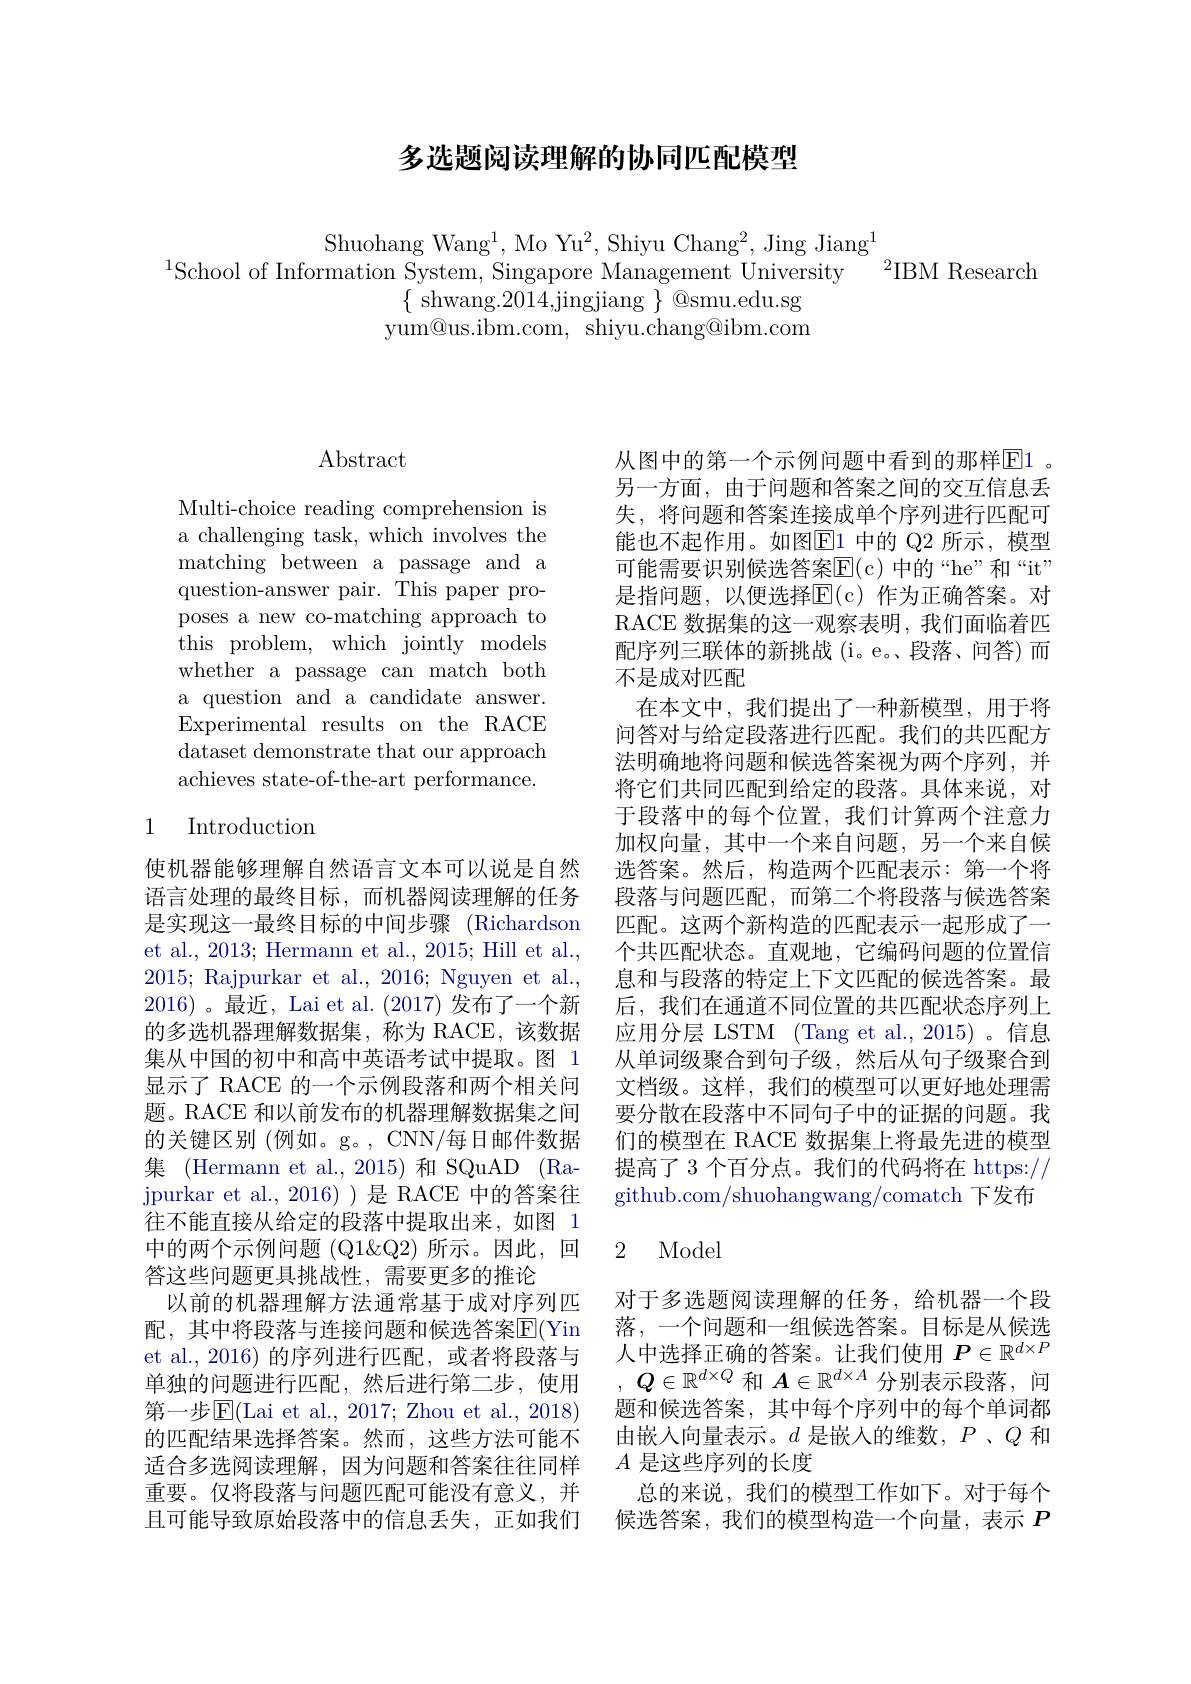
## 多选题阅读理解的协同匹配模型

Shuohang Wang$^1$,Mo Yu$^2$,Shiyu Chang$^2$,Jing Jiang$^1$
$^{1}$School of Information System, Singapore Management University$^{-2}$IBM Research
$\{$ shwang.2014,jingjiang $\}$ @smu.edu.sg yum@us.ibm.com, shiyu.chang@ibm.com

## $\operatorname{Abstract}$

Multi-choice reading comprehension is a challenging task, which involves the matching between a passage and a question-answer pair. This paper proposes a new co-matching approach to this problem, which jointly models whether a passage can match both a question and a candidate answer. Experimental results on the RACE dataset demonstrate that our approach achieves state-of-the-art performance.

## 1 Introduction

使机器能够理解自然语言文本可以说是自然语言处理的最终目标，而机器阅读理解的任务是实现这一最终目标的中间步骤 (Richardson et al., 2013; Hermann et al., 2015; Hill et al., 2015; Rajpurkar et al., 2016; Nguyen et al., 2016)。最近，Lai et al.(2017)发布了一个新的多选机器理解数据集，称为 RACE,该数据集从中国的初中和高中英语考试中提取。图 1显示了 RACE 的一个示例段落和两个相关问题。RACE 和以前发布的机器理解数据集之间的关键区别 (例如。g。, CNN/每日邮件数据集 (Hermann et al.,2015) 和 SQuAD (Rajpurkar et al., 2016) ) 是 RACE 中的答案往往不能直接从给定的段落中提取出来，如图 1中的两个示例问题 (Q1&Q2) 所示。因此，回答这些问题更具挑战性，需要更多的推论
以前的机器理解方法通常基于成对序列匹配，其中将段落与连接问题和候选答案$\mathbb{E}($Yin et al.,2016)的序列进行匹配，或者将段落与单独的问题进行匹配，然后进行第二步，使用第一步$\overline{\mathrm{E}}($Lai et al., 2017; Zhou et al., 2018) 的匹配结果选择答案。然而，这些方法可能不适合多选阅读理解，因为问题和答案往往同样 $A$是这些序列的长度
重要。仅将段落与问题匹配可能没有意义，并 总的来说，我们的模型工作如下。对于每个且可能导致原始段落中的信息丢失，正如我们 候选答案，我们的模型构造一个向量，表示$P$

从图中的第一个示例问题中看到的那样$\boxed{\mathrm{E}}1$。另一方面，由于问题和答案之间的交互信息丢失，将问题和答案连接成单个序列进行匹配可能也不起作用。如图$\overline{\mathrm{E}}1$ 中的 Q2 所示，模型可能需要识别候选答案E(c)中的“he”和“it” 是指问题，以便选择E$( c)$ 作为正确答案。对RACE 数据集的这一观察表明，我们面临着匹配序列三联体的新挑战(i。e。段落、问答)而不是成对匹配
在本文中，我们提出了一种新模型，用于将问答对与给定段落进行匹配。我们的共匹配方法明确地将问题和候选答案视为两个序列，并将它们共同匹配到给定的段落。具体来说，对于段落中的每个位置，我们计算两个注意力加权向量，其中一个来自问题，另一个来自候选答案。然后，构造两个匹配表示：第一个将段落与问题匹配，而第二个将段落与候选答案匹配。这两个新构造的匹配表示一起形成了一个共匹配状态。直观地，它编码问题的位置信息和与段落的特定上下文匹配的候选答案。最后，我们在通道不同位置的共匹配状态序列上应用分层 LSTM (Tang et al., 2015) 。信息从单词级聚合到句子级，然后从句子级聚合到文档级。这样，我们的模型可以更好地处理需要分散在段落中不同句子中的证据的问题。我们的模型在 RACE 数据集上将最先进的模型提高了 3 个百分点。我们的代码将在 https:// github. com/ shuohangwang/ comatch 下发布

### 2 Model

对于多选题阅读理解的任务，给机器一个段落，一个问题和一组候选答案。目标是从候选人中选择正确的答案。让我们使用$P\in\mathbb{R}^d\times P$ , $Q\in \mathbb{R} ^{d\times Q}$和$\boldsymbol{A}\in\mathbb{R}^{d\times A}$分别表示段落，问题和候选答案，其中每个序列中的每个单词都由嵌入向量表示。$d$是嵌入的维数，$P$、$Q$和